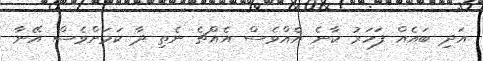
އަދި ބައެއް ފަހަރު ކާނެ އެއްވެސް އެއްޗެ ނެތި ދާ ކަމަށްވެސް އޭނާ